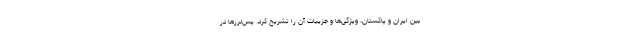
بین ایران و پاکستان، ویژگی‌ها و جزییات آن را تشریح کرد. پس‌لرزها در